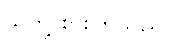
သူတို့ စားကြသည်။